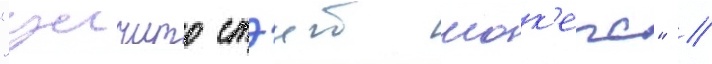
"уичито стэит шок'ерс" //